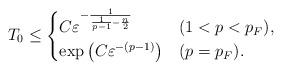
LaTeX: \begin{align*}T_0\le \begin{cases}C\varepsilon^{-\frac{1}{\frac{1}{p-1}-\frac{n}{2}}}&(1<p<p_F),\\\exp\left( C \varepsilon^{-(p-1)} \right)&(p=p_F).\end{cases}\end{align*}